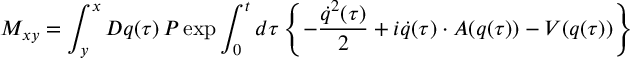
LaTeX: M _ { x y } = \int _ { y } ^ { x } D q ( \tau ) \, { \cal P } \exp \int _ { 0 } ^ { t } d \tau \left\{ - \frac { \dot { q } ^ { 2 } ( \tau ) } { 2 } + i \dot { q } ( \tau ) \cdot A ( q ( \tau ) ) - V ( q ( \tau ) ) \right\}